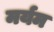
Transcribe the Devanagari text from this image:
मर्यम